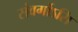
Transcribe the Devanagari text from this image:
संवर्गोऽसि